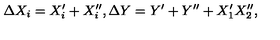
\Delta X _ { i } = X _ { i } ^ { \prime } + X _ { i } ^ { \prime \prime } , \Delta Y = Y ^ { \prime } + Y ^ { \prime \prime } + X _ { 1 } ^ { \prime } X _ { 2 } ^ { \prime \prime } ,